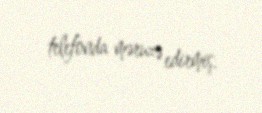
telefonda məruzə edirmiş.